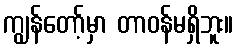
ကျွန်တော့်မှာ တာဝန်မရှိဘူး။